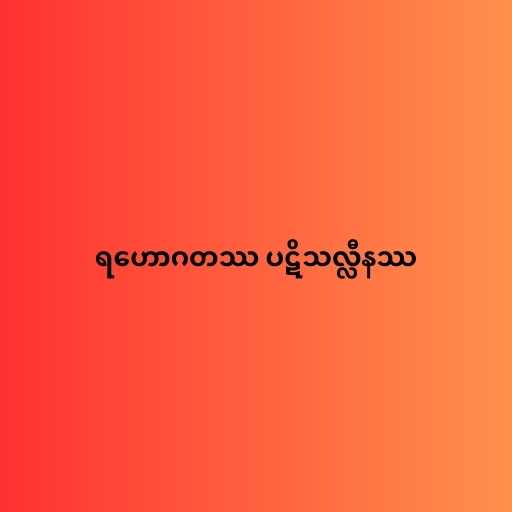
ရဟောဂတဿ ပဋိသလ္လီနဿ